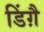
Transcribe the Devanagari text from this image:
डिंग़ै